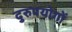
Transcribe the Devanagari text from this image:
दुरुपयोगों